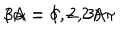
LaTeX: 3 \alpha = \delta - 2 A \pi \hspace { 1 c m } ( A = 1 , 2 , 3 )